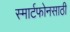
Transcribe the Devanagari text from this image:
स्मार्टफोनसाठी